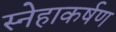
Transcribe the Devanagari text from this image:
स्नेहाकर्षण